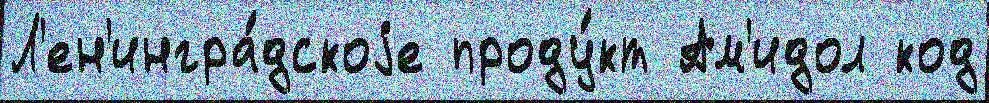
Л'ен'ингра́дскоjе проду́кт Ам'идол код